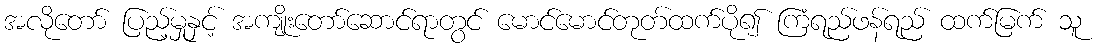
အလိုတော် ပြည့်မှုနှင့် အကျိုးတော်ဆောင်ရာတွင် မောင်မောင်တုတ်ထက်ပို၍ ကြံရည်ဖန်ရည် ထက်မြက် သူ